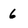
Character: 6